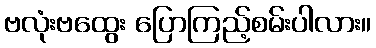
ဗလုံးဗထွေး ပြောကြည့်စမ်းပါလား။